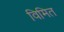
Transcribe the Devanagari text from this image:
विमित